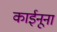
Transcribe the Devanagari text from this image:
काईनूना